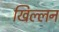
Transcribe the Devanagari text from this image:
खिल्लन